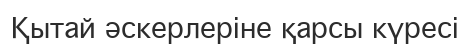
Қытай әскерлеріне қарсы күресі